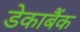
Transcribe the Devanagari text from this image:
डेकाबैंक